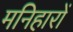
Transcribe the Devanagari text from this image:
मनिहारों